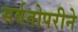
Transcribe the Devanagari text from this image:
सर्वतोपरीने